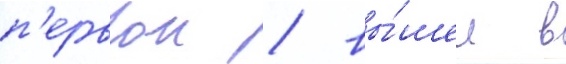
п'ервои / вы́шел в